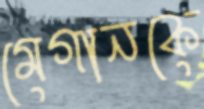
মেগানকে